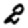
Digit: 2